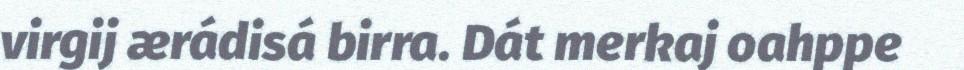
virgij ærádisá birra. Dát merkaj oahppe